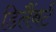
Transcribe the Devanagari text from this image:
डिलैंबर्ट